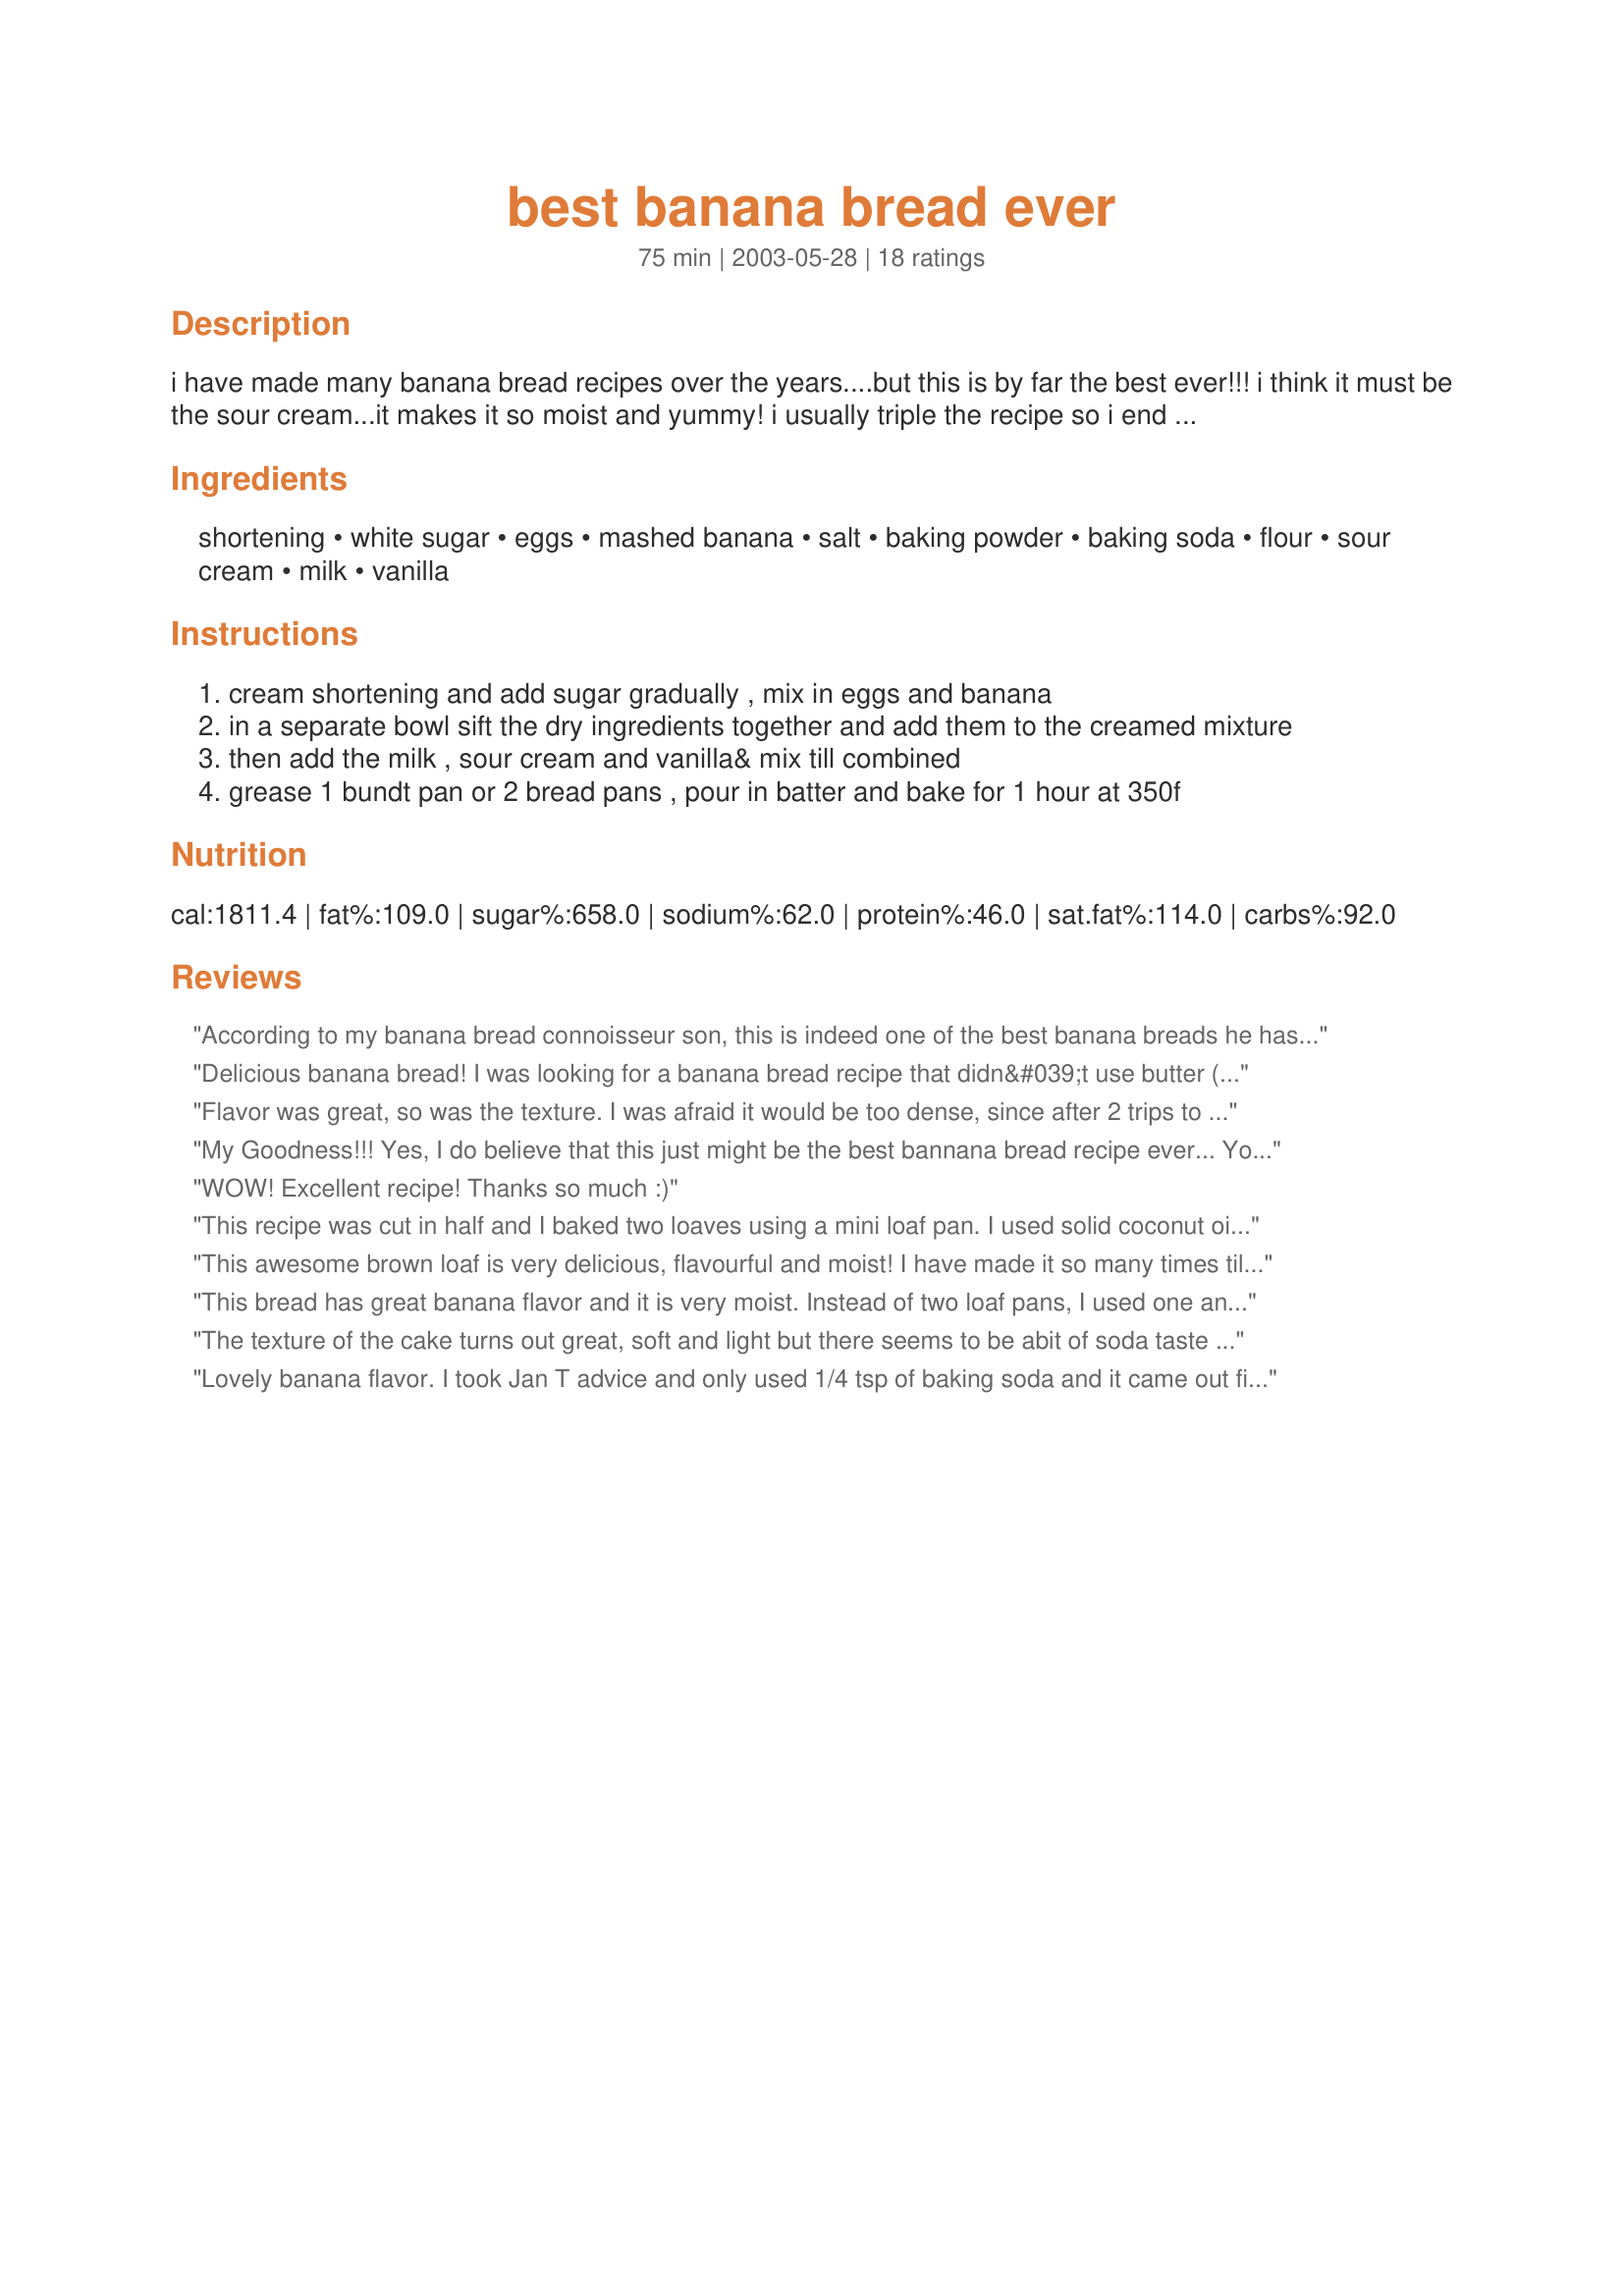
best banana bread ever
Preparation time: 75 minutes

i have made many banana bread recipes over the years....but this is by far the best ever!!! i think it must be the sour cream...it makes it so moist and yummy! i usually triple the recipe so i end up with 6 loaves - my neighbors/friends always want a loaf or two!

Ingredients:
shortening, white sugar, eggs, mashed banana, salt, baking powder, baking soda, flour, sour cream, milk, vanilla

Steps:
cream shortening and add sugar gradually , mix in eggs and banana
in a separate bowl sift the dry ingredients together and add them to the creamed mixture
then add the milk , sour cream and vanilla& mix till combined
grease 1 bundt pan or 2 bread pans , pour in batter and bake for 1 hour at 350f

Reviews:
According to my banana bread connoisseur son, this is indeed one of the best banana breads he has ever had! Very moist and delicious. The only issue I has was I felt the batter looked like a lot and put it in my larger 9-inch loaf pans. I should have used my 8-inch though as the loaves were rather short. I appreciate you posting this excellent recipe! Made for the Taste of Yellow 2009 event in the photo forum.
Delicious banana bread! I was looking for a banana bread recipe that didn&#039;t use butter (I didn&#039;t have enough in my fridge) and that made 2 loaves (we adore banana bread) and found this gem. The bread is wonderfully moist and full of flavor. Thank you!
Flavor was great, so was the texture. I was afraid it would be too dense, since after 2 trips to the store, I realized I had no shortening and I used oil instead. I also used plain greek yogurt instead of sour cream. I added some chopped walnuts and about 1 Tb. mini chocolate chips. My pans must be 9 inch, because my two loaves were quite short. Next time, I'll make one &quot;regular&quot; sized loaf and one mini!
My Goodness!!! Yes, I do believe that this just might be the best bannana bread recipe ever... You just can tell by reading the recipe that it will be good with sour cream in it... Thanks for the recipe and I will definitely be using this one over and over again!!!!
WOW! Excellent recipe! Thanks so much :)
This recipe was cut in half and I baked two loaves using a mini loaf pan. I used solid coconut oil for the shortening and coconut milk instead of cow&#039;s milk. Pastry flour for all purpose flour. Whole milk plain yogurt for sour cream. Moist and delicious; not an overpowering taste of banana. Since I baked smaller loaves they were done in about 40 minutes. Set aside to cool in the pans on a wire rack for 15 minutes. Prepared for Best of 2015.
This awesome brown loaf is very delicious, flavourful and moist! I have made it so many times till date and each time it's been a hit with all:)
This bread has great banana flavor and it is very moist. Instead of two loaf pans, I used one and baked the bread for an additional 20 minutes. It turned out great.
The texture of the cake turns out great, soft and light but there seems to be abit of soda taste when eaten, maybe should just use 1/2 tsp soda instead, will try again.
Lovely banana flavor. I took Jan T advice and only used 1/4 tsp of baking soda and it came out fine. The sour cream is what gives this loaf its great taste. Will make this again with nut and chocolate chips.
This is the best! I added walnuts and used a bundt pan. Will make again!
This was wonderful! I followed the recipe exactly and I had no problems whatsoever with a soda taste. I found it to be getting quite brown around the 1/2 hour mark so I covered with foil until the hour was up. I really hesitated to take a star away, as this was moist & delicious, but I did because I got only 1, not 2 loaves from this recipe???? I had two loaf pans all ready to go but when I went to divide the batter there was just no way...it filled one pan nicely. This recipe otherwise would have gotten 5 stars from me all the way and I will certainly still be making this again & again...just will double in the future if I want more than one loaf! Thanks:)
Citygirl,
 You may call yourself city girl, but you cook like a country girl,this banana bread is just the best I ever made,so moist and yummy.Thanks for this great recipe,Darlene
This by far the best banana bread I have ever tasted. I made it for a friend with chocolate chips and it was even better. I like this recipe cause it does make 2 loaves I can make one for me and one for a friend! Thanks again
I doubled the recipe, got 2 loaves and one bundt pan. It rose nicely in the oven, but fell a bit upon cooling. It was still one of the best banana breads I've had. Took one loaf to work and it was gone before I knew it. Out of the 3 total cups of sugar I used 1 cup (unpacked) brown sugar and 2 cups white. Had a heaping 2 cups banana, probably closer to 2 1/2. Very moist and wonderful banana flavor.
most awesome bread! very easy to make. I'll never make any other bread. EVERYONE loved it. I can't keep around
SooooooGood!!! I thought I had a good banana bread recipe,but this is better,very moist and light,must
be the sour cream. Not at all difficult to make. Baked it in a Bundt pan(looked a little more fancy)served it plain with some ice
cream. My significant other also commented that it was very light. Thanks City Gurl!!!
I made mine in a 10 cup bundt pan. Turned out quite nice,the most you will get is 2 medium loaf pans,or 3 small.
